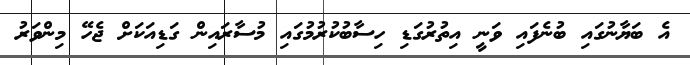
އެ ބަޔާނުގައި ބުނެފައި ވަނީ އިތުރުގަޑި ހިސާބުކުރުމުގައި މުސާރައިން ގަޑިއަކަށް ޖެހޭ މިންވަރު